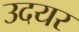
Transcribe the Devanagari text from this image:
उदयर